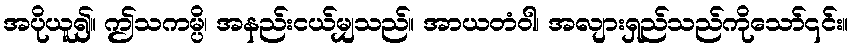
အပိုယူ၍။ ဤသကမ္ပိ၊ အနည်းငယ်မျှသည်။ အာယတံဝါ၊ အလျားရှည်သည်ကိုသော်၎င်း။